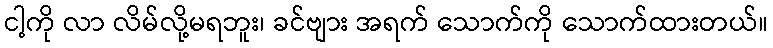
ငါ့ကို လာ လိမ်လို့မရဘူး၊ ခင်ဗျား အရက် သောက်ကို သောက်ထားတယ်။